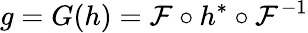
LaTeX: g=G(h)=\mathcal{F}\circ h^{*}\circ\mathcal{F}^{-1}